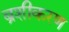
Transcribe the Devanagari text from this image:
ब्रशीकरण